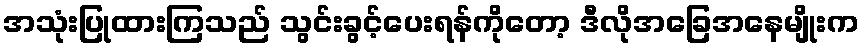
အသုံးပြုထားကြသည် သွင်းခွင့်ပေးရန်ကိုတော့ ဒီလိုအခြေအနေမျိုးက